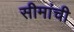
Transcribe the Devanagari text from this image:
सीमांची